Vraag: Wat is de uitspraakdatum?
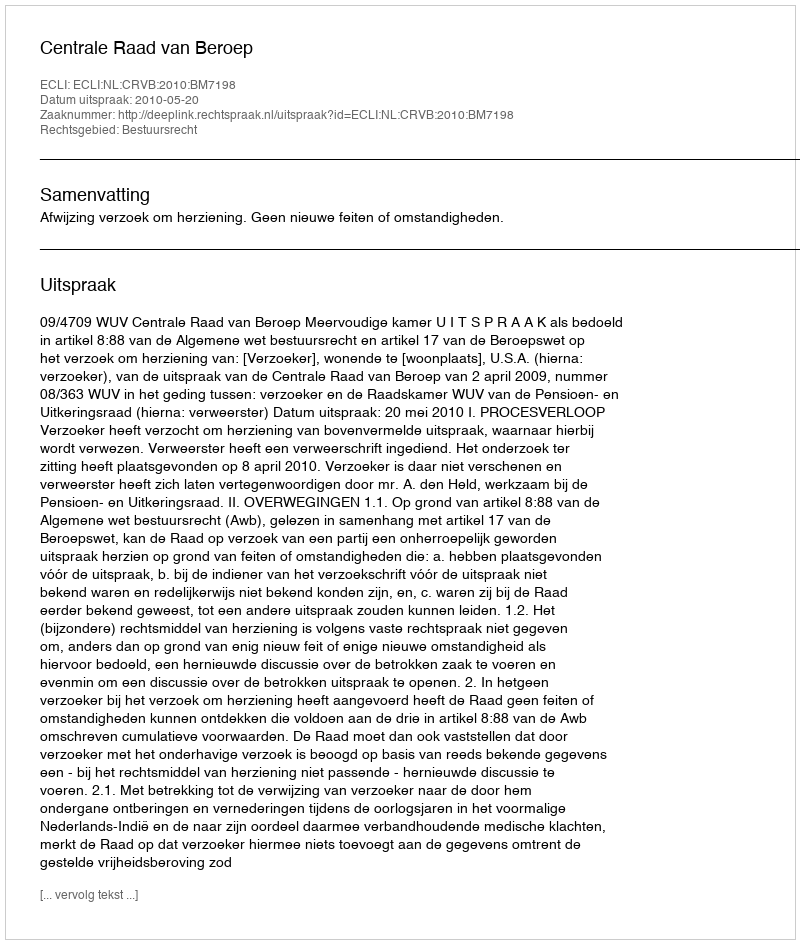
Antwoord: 2010-05-20